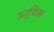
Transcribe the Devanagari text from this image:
ऊर्विक